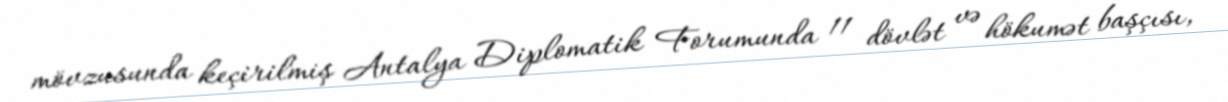
mövzusunda keçirilmiş Antalya Diplomatik Forumunda 11 dövlət və hökumət başçısı,